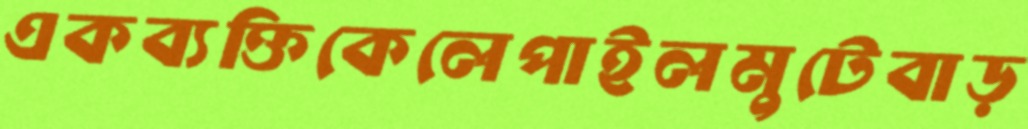
একব্যক্তিকেলেপাইলমুটেবাড়